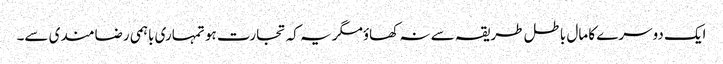
ایک دوسرے کا مال باطل طریقہ سے نہ کھاؤمگر یہ کہ تجارت ہو تمہاری باہمی رضامندی سے۔